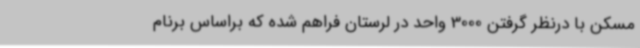
مسکن با درنظر گرفتن 3000 واحد در لرستان فراهم شده که براساس برنام